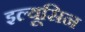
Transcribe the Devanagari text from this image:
इल्यूसिन